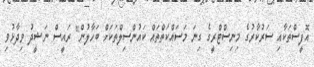
އޮފީސްތަކާއި ސަރުކާރުގެ މިނިސްޓްރީގެ ގިނަ މަސައްކަތްތައް ކައުންސިލްތަކަށް ބަހާލުން" ރައީސް ނަޝީދު ވިދާޅުވި